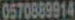
0570889914